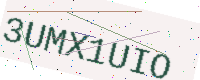
Text: 3UMX1UIO